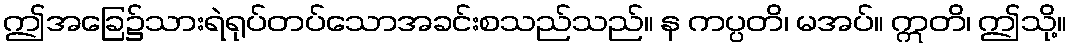
ဤအခြေ၌သားရဲရုပ်တပ်သောအခင်းစသည်သည်။ န ကပ္ပတိ၊ မအပ်။ ဣတိ၊ ဤသို့။